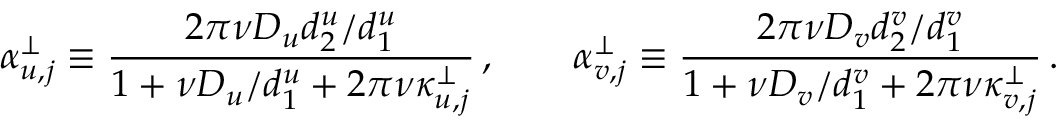
\alpha _ { u , j } ^ { \perp } \equiv \frac { 2 \pi \nu D _ { u } { d _ { 2 } ^ { u } / d _ { 1 } ^ { u } } } { 1 + { \nu D _ { u } / d _ { 1 } ^ { u } } + 2 \pi \nu \kappa _ { u , j } ^ { \perp } } \, , \qquad \alpha _ { v , j } ^ { \perp } \equiv \frac { 2 \pi \nu D _ { v } { d _ { 2 } ^ { v } / d _ { 1 } ^ { v } } } { 1 + { \nu D _ { v } / d _ { 1 } ^ { v } } + 2 \pi \nu \kappa _ { v , j } ^ { \perp } } \, .